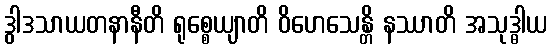
ဒွါဒသာယတနာနီတိ ရုစ္စေယျာတိ ဝိဟေသေန္တိ နဿာတိ အသုဒ္ဓါယ